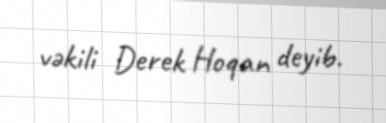
vəkili Derek Hoqan deyib.